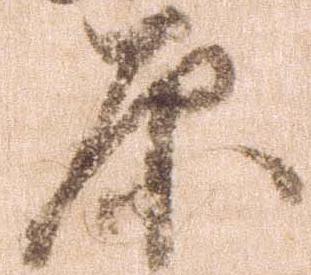
原